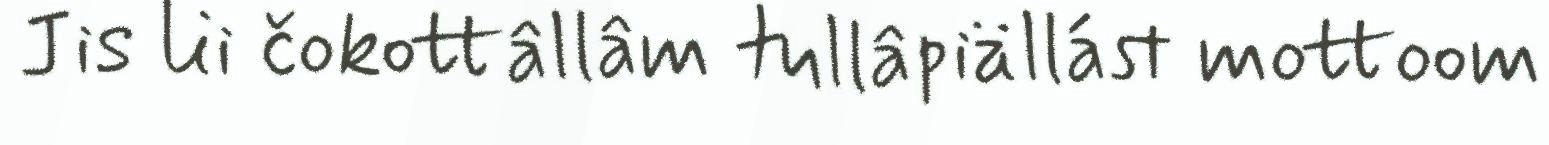
Jis lii čokottâllâm tullâpiällást mottoom